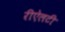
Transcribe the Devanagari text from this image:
रीऐलटी